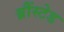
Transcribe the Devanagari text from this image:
ब्रौंस्टेड